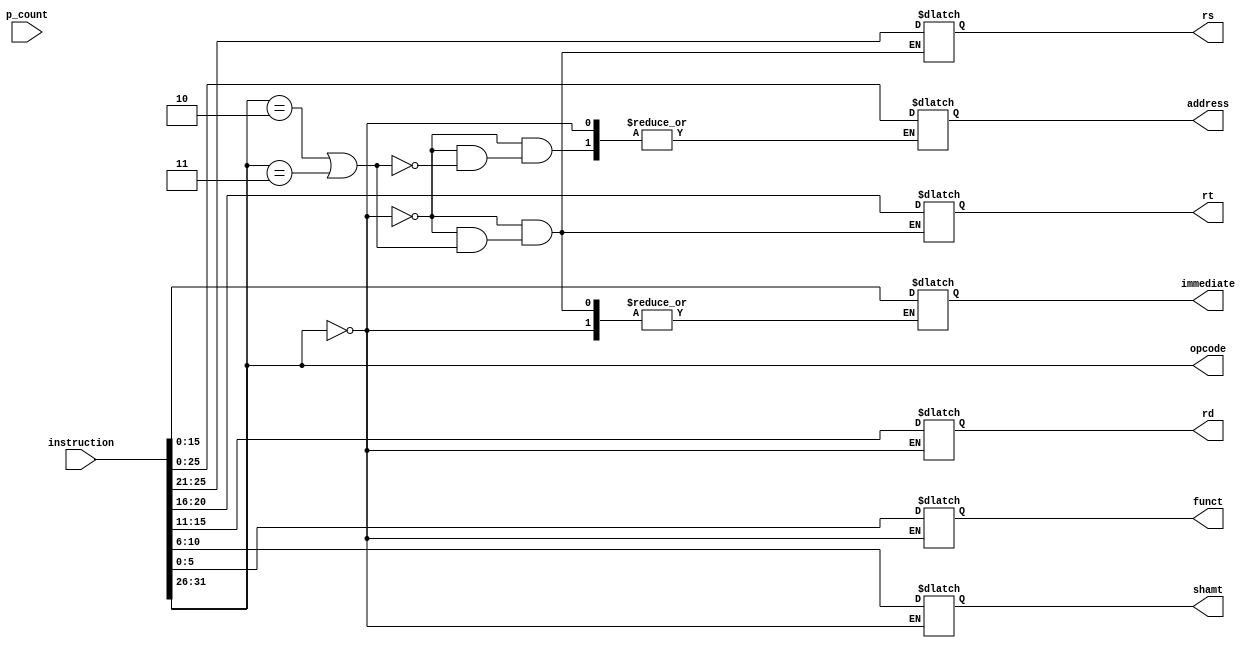
module inst_parser(
	output wire [5:0] opcode,
	output reg [4:0] rs, rt, rd, shamt, 
	output reg [5:0] funct,
	output reg[15:0] immediate,
	output reg [25:0] address,
	input [31:0] instruction, p_count
);

	assign opcode = instruction[31:26];
	
	always @(instruction) begin
		// R-type
		if(opcode == 6'h0) begin
			shamt = instruction[10:6];
			rd = instruction[15:11];
			rt = instruction[20:16];
			rs = instruction[25:21];
			funct = instruction[5:0];
		end
		// J type
		else if(opcode == 6'h2 | opcode == 6'h3) begin
			address = instruction[26:0];
		end
		// I type
		else begin
			rt = instruction[20:16];
			rs = instruction[25:21];
			immediate = instruction[15:0];
		end
	end
	
endmodule